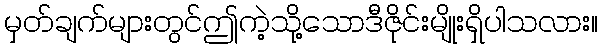
မှတ်ချက်များတွင်ဤကဲ့သို့သောဒီဇိုင်းမျိုးရှိပါသလား။